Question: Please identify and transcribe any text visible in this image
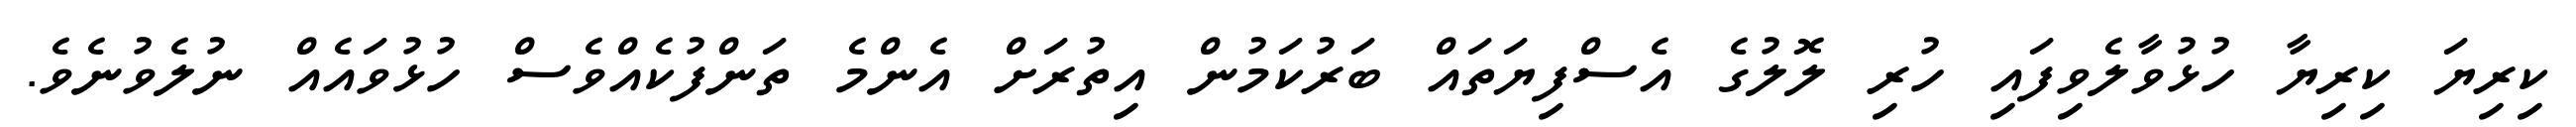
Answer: ކިރިޔަ ކިރިޔާ ހުޅުވާލެވިފައި ހުރި ލޮލުގެ އެސްފިޔަތައް ބަރުކަމުން އިތުރަށް އެންމެ ތަންފުކެއްވެސް ހުޅުވައެއް ނުލެވުނެވެ.